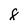
Character: 8